Civil Veterinary Dept. North-West Frontier Province 1933-46 - 1933-1946
Year: 1933
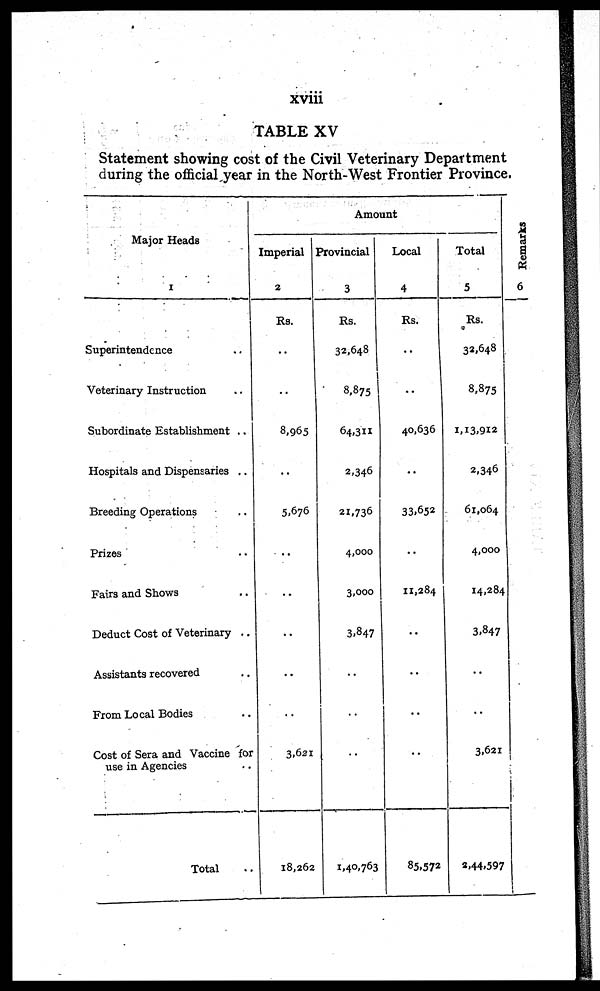
xviii
TABLE XV
Statement showing cost of the Civil Veterinary Department
during the official year in the North-West Frontier Province.
Major Heads
1
Superintendcnce ..
Veterinary Instruction ..
Subordinate Establishment ..
Hospitals and Dispensaries ..
Breeding Operations ..
Prizes ..
Fairs and Shows ..
Deduct Cost of Veterinary ..
Assistants recovered ..
From Local Bodies ..
Cost of Sera and Vaccine for
use in Agencies ..
Total ..
Amount
Imperial
2
Rs.
..
..
8,965
..
5,676
..
..
..
..
..
3,621
18,262
Provincial
3
Rs.
32,648
8,875
64,311
2,346
21,736
4,000
3,000
3,847
..
..
..
1,40,763
Local
4
Rs.
..
..
40,636
..
33,652
..
11,284
..
..
..
..
85,572
Total
5
Rs.
32,648
8,875
1,13,912
2,346
61,064
4,000
14,284
3,847
..
..
3,621
2,44,597
Remarks
6